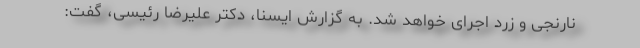
نارنجی و زرد اجرای خواهد شد. به گزارش ایسنا، دکتر علیرضا رئیسی، گفت: